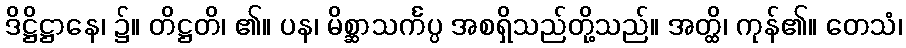
ဒိဋ္ဌိဋ္ဌာနေ၊ ၌။ တိဋ္ဌတိ၊ ၏။ ပန၊ မိစ္ဆာသင်္ကပ္ပ အစရှိသည်တို့သည်။ အတ္ထိ၊ ကုန်၏။ တေသံ၊